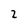
Character: 2